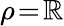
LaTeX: \rho\! =\! \mathbb{R}